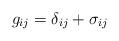
LaTeX: \begin{align*} g_{ij}=\delta_{ij}+\sigma_{ij}\end{align*}